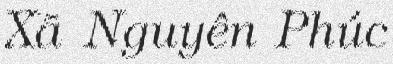
Xã Nguyên Phúc